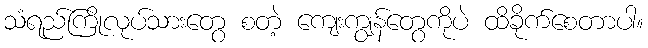
သံရည်ကြိုလုပ်သားတွေ စတဲ့ ကျေးကျွန်တွေကိုပဲ ထိခိုက်စေတာပါ။